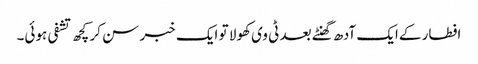
افطار کےایک آدھ گھنٹے بعد ٹی وی کھولا تو ایک خبر سن کر کچھ تشفی ہوئی۔